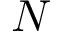
N